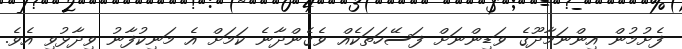
ފެށުމުން އިންނަމާދޫގެ ވަޑިންނަށް ފަސޭހަތަކެއް ވެގެންދާނެ ކަމަށް އެ މަނިކުފާނު ވިދާޅުވި އެވެ.